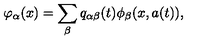
\varphi _ { \alpha } ( x ) = \sum _ { \beta } q _ { \alpha \beta } ( t ) \phi _ { \beta } ( x , a ( t ) ) ,